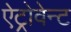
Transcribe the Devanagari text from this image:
ऐट्रोवेन्ट